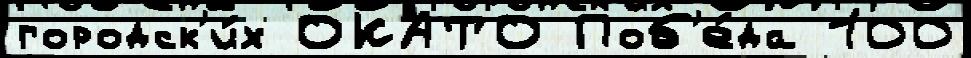
городск'и́х ОКАТО Поб'е́да 100